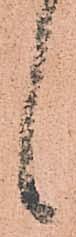
候